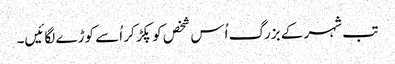
تب شہر کے بزرگ اُس شخص کو پکڑ کر اُسے کوڑے لگائیں۔